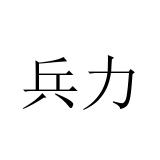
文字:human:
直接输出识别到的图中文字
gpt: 兵力